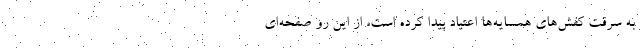
به سرقت کفش‌های همسایه‌ها اعتیاد پیدا کرده است، از این رو صفحه‌ای